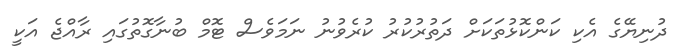
ދުނިޔޭގެ އެކި ކަންކޮޅުތަކަށް ދަތުރުކުރު ކުރެވުނު ނަމަވެސް ޓޮމް ބުނާގޮތުގައި ރާއްޖެ އަކީ